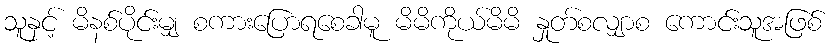
သူနှင့် မိနစ်ပိုင်းမျှ စကားပြောရစေခါမူ မိမိကိုယ်မိမိ နှုတ်စလျှာစ ကောင်းသူအဖြစ်